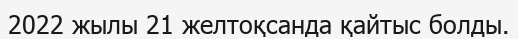
2022 жылы 21 желтоқсанда қайтыс болды.